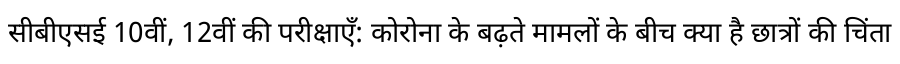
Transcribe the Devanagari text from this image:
सीबीएसई 10वीं, 12वीं की परीक्षाएँ: कोरोना के बढ़ते मामलों के बीच क्या है छात्रों की चिंता